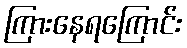
ကြားနေရကြောင်း